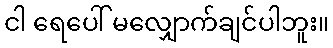
ငါ ရေပေါ် မလျှောက်ချင်ပါဘူး။